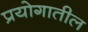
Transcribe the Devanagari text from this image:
प्रयोगातील